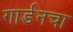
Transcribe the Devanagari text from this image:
गार्डनचा